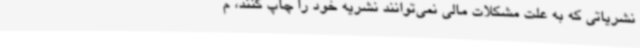
نشریاتی که به علت مشکلات مالی نمی‌توانند نشریه خود را چاپ کنند، م